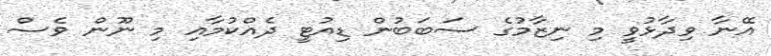
އޭނާ ވިދާޅުވީ މި ނިޒާމުގެ ސަބަބުން ޑިއުޓީ ދެއްކުމާއި މި ނޫން ވެސް